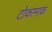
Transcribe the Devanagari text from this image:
टोकामाक